Reports on dispensaries and lunatic asylums in the Province of Oudh - 1869-1876
Year: 1869
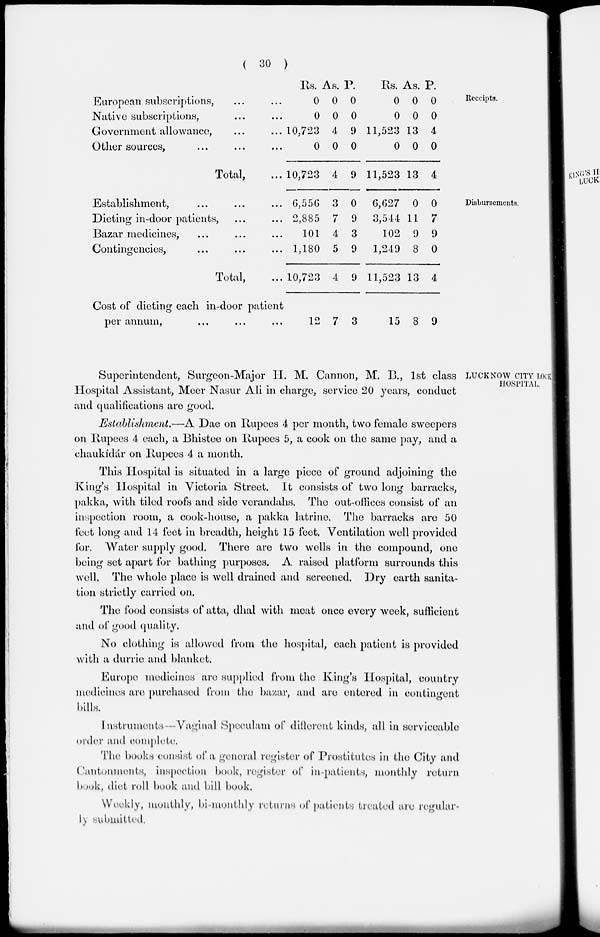
( 30 )
Receipts.
1
European subscriptions, ... ...
Native subscriptions, ... ...
Government allowance, ... ...
Other sources, ... ... ...
Total, ...
Rs.
0
0
10,723
0
10,723
As.
0
0
4
0
4
P.
0
0
9
0
9
Rs.
0
0
11,523
0
11,523
As.
0
0
13
0
13
P.
0
0
4
0
4
Disbursements.
Establishment, ... ... ...
Dieting in-door patients, ... ...
Bazar medicines, ... ... ...
Contingencies, ... ... ...
Total, ...
6,556
2,885
101
1,180
10,723
3
7
4
5
4
0
9
3
9
9
6,627
3,544
102
1,249
11,523
0
11
9
8
13
0
7
9
0
4
Cost of dieting each in-door patient
per annum, ... ... ...
12 7 3
15 8 9
LUCKNOW CITY LOCK
HOSPITAL.
Superintendent, Surgeon-Major II. M. Cannon, M. B., 1st class
Hospital Assistant, Meer Nasur Ali in charge, service 20 years, conduct
and qualifications are good.
Establishment.—A Dae on Rupees 4 per month, two female sweepers
on Rupees 4 each, a Bhistee on Rupees 5, a cook on the same pay, and a
chaukídár on Rupees 4 a month.
This Hospital is situated in a large piece of ground adjoining the
King's Hospital in Victoria Street. It consists of two long barracks,
pakka, with tiled roofs and side verandahs. The out-offices consist of an
inspection room, a cook-house, a pakka latrine. The barracks are 50
feet long and 14 feet in breadth, height 15 feet. Ventilation well provided
for. Water supply good. There are two wells in the compound, one
being set apart for bathing purposes. A raised platform surrounds this
well. The whole place is well drained and screened. Dry earth sanita-
tion strictly carried on.
The food consists of atta, dhal with meat once every week, sufficient
and of good quality.
No clothing is allowed from the hospital, each patient is provided
with a durrie and blanket.
Europe medicines are supplied from the King's Hospital, country
medicines are purchased from the bazar, and are entered in contingent
bills.
Instruments- Vaginal Speculam of different kinds, all in serviceable
order and complete.
The books consist of a general register of Prostitutes in the City and
Cantonments, inspection book, register of in-patients, monthly return
book, diet roll book and bill book.
Weekly, monthly, bi-monthly returns of patients treated are regular-
iy submitted,